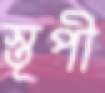
স্তূপী